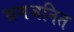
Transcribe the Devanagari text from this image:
भ्रमजनित